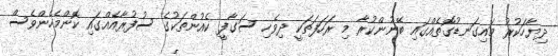
ދިޔާހަކުރު މައިގަނޑުގޮތެއްގައި ބޭނުންކުރާ މި ރަހަފަތަކީ ދިވެހި ސަގާފީ ކެއުންތަކުގެ ސުފުރާއެއްގައި ކޮންމެހެންވެސް